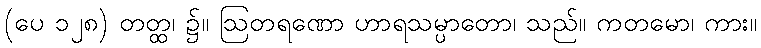
(ပေ ၁၂၈) တတ္ထ၊ ၌။ ဩတရဏော ဟာရသမ္ပာတော၊ သည်။ ကတမော၊ ကား။